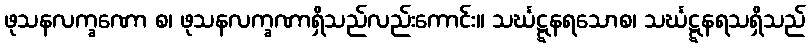
ဖုသနလက္ခဏော စ၊ ဖုသနလက္ခဏာရှိသည်လည်းကောင်း။ သင်္ဃဋ္ဋနရသောစ၊ သင်္ဃဋ္ဋနရသရှိသည်